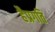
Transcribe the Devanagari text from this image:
हैप्रगति